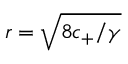
r = \sqrt { 8 c _ { + } / \gamma }